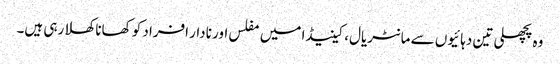
وہ پچھلی تین دہائیوں سے مانٹریال، کینیڈا میں مفلس اور نادار افراد کو کھانا کھلا رہی ہیں۔